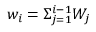
w _ { i } = \Sigma _ { j = 1 } ^ { i - 1 } W _ { j }